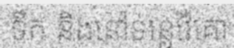
ទឹក និងនៅទន្លេវ៉ៃគោ